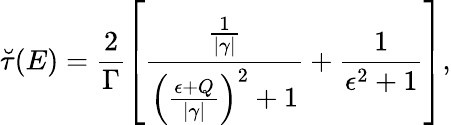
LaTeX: \breve{\tau}(E)=\frac{2}{\Gamma}\left[\frac{\frac{1}{|\gamma|}}{{\left(\frac{\epsilon+Q}{|\gamma|}\right)}^{2}+1}+\frac{1}{\epsilon^{2}+1}\right],